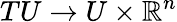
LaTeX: TU\rightarrow U\times\mathbb{R}^{n}